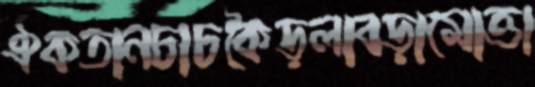
ঐকতানচাচকৈড়লাবড়ামোত্তা